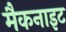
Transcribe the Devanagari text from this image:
मैकनाइट